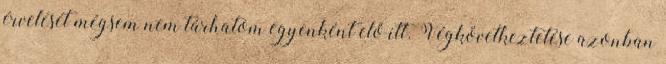
érvelését mégsem nem tárhatom egyenként elő itt. Végkövetkeztetése azonban